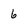
Character: 6